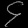
Digit: ၄